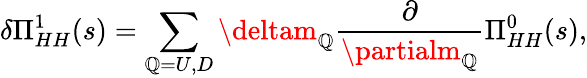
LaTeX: \delta\Pi_{HH}^{1}(s)=\sum_{\mathbb{Q}=U,D}\deltam_{\mathbb{Q}}{\frac{{\partial}}{{\partialm_{\mathbb{Q}}}}}\Pi_{HH}^{0}(s),